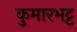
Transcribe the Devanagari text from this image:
कुमारभट्ट